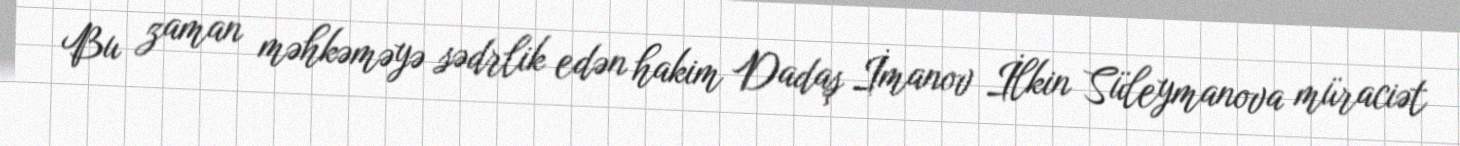
Bu zaman məhkəməyə sədrlik edən hakim Dadaş İmanov İlkin Süleymanova müraciət